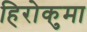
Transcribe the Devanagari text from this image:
हिरोकुमा